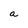
Character: a